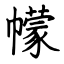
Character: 幪